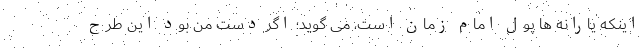
اینکه یارانه ها پول امام زمان است، می گوید؛ اگر دست من بود این طرح